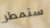
ستمطر